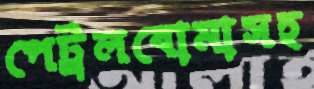
পেট্রলবোমাসহ